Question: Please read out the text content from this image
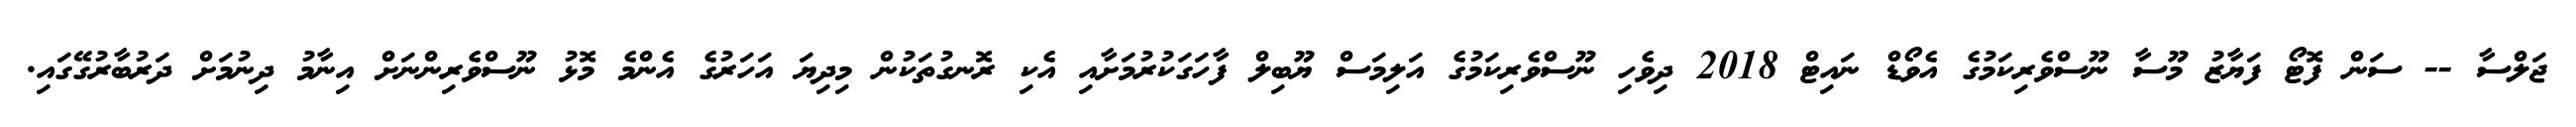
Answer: ޖަލްސާ -- ސަން ފޮޓޯ ފަޔާޒު މޫސާ ނޫސްވެރިކަމުގެ އެވޯޑް ނައިޓް 2018 ދިވެހި ނޫސްވެރިކަމުގެ އަލިމަސް ޔޫބިލް ފާހަގަކުރުމަށާއި އެކި ރޮނގުތަކުން މިދިޔަ އަހަރުގެ އެންމެ މޮޅު ނޫސްވެރިންނަށް އިނާމު ދިނުމަށް ދަރުބާރުގޭގައި.